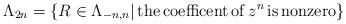
LaTeX: \begin{align*}\Lambda_{2n}=\{R\in\Lambda_{-n,n}| \, {\rm the \, coefficent \, of } \, z^n \, {\rm is \, nonzero}\}\end{align*}